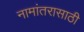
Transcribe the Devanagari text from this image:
नामांतरासाठी